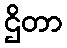
ဌိတာ